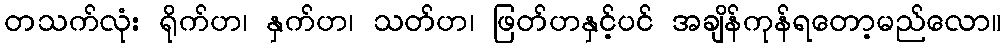
တသက်လုံး ရိုက်ဟ၊ နှက်ဟ၊ သတ်ဟ၊ ဖြတ်ဟနှင့်ပင် အချိန်ကုန်ရတော့မည်လော။